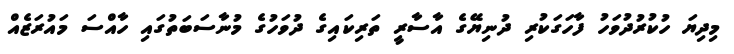
މިދިޔަ ހުކުރުދުވަހު ފާހަގަކުރި ދުނިޔޭގެ އާސާރީ ތަރިކައިގެ ދުވަހުގެ މުނާސަބަތުގައި ހާއްސަ މައުރަޒެއް